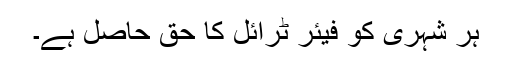
ہر شہری کو فیئر ٹرائل کا حق حاصل ہے۔